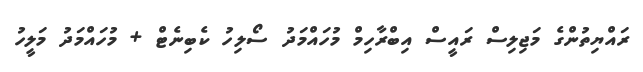
ރައްޔިތުންގެ މަޖިލިސް ރައީސް އިބްރާހިމް މުހައްމަދު ސޯލިހު ކެބިނެޓް + މުހައްމަދު މަލީހު